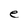
Character: e